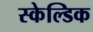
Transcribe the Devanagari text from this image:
स्केल्डिक